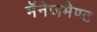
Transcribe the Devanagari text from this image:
मॅनेजमेण्ट